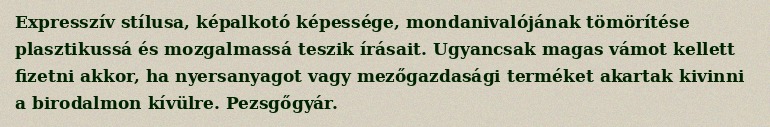
Expresszív stílusa, képalkotó képessége, mondanivalójának tömörítése plasztikussá és mozgalmassá teszik írásait. Ugyancsak magas vámot kellett fizetni akkor, ha nyersanyagot vagy mezőgazdasági terméket akartak kivinni a birodalmon kívülre. Pezsgőgyár.